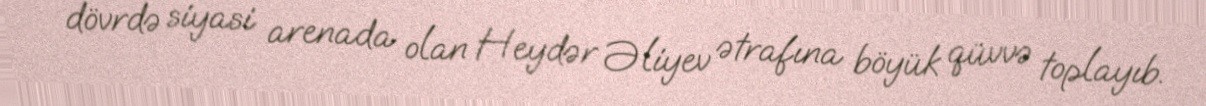
dövrdə siyasi arenada olan Heydər Əliyev ətrafına böyük qüvvə toplayıb.